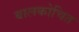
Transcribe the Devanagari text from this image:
बालकोचित